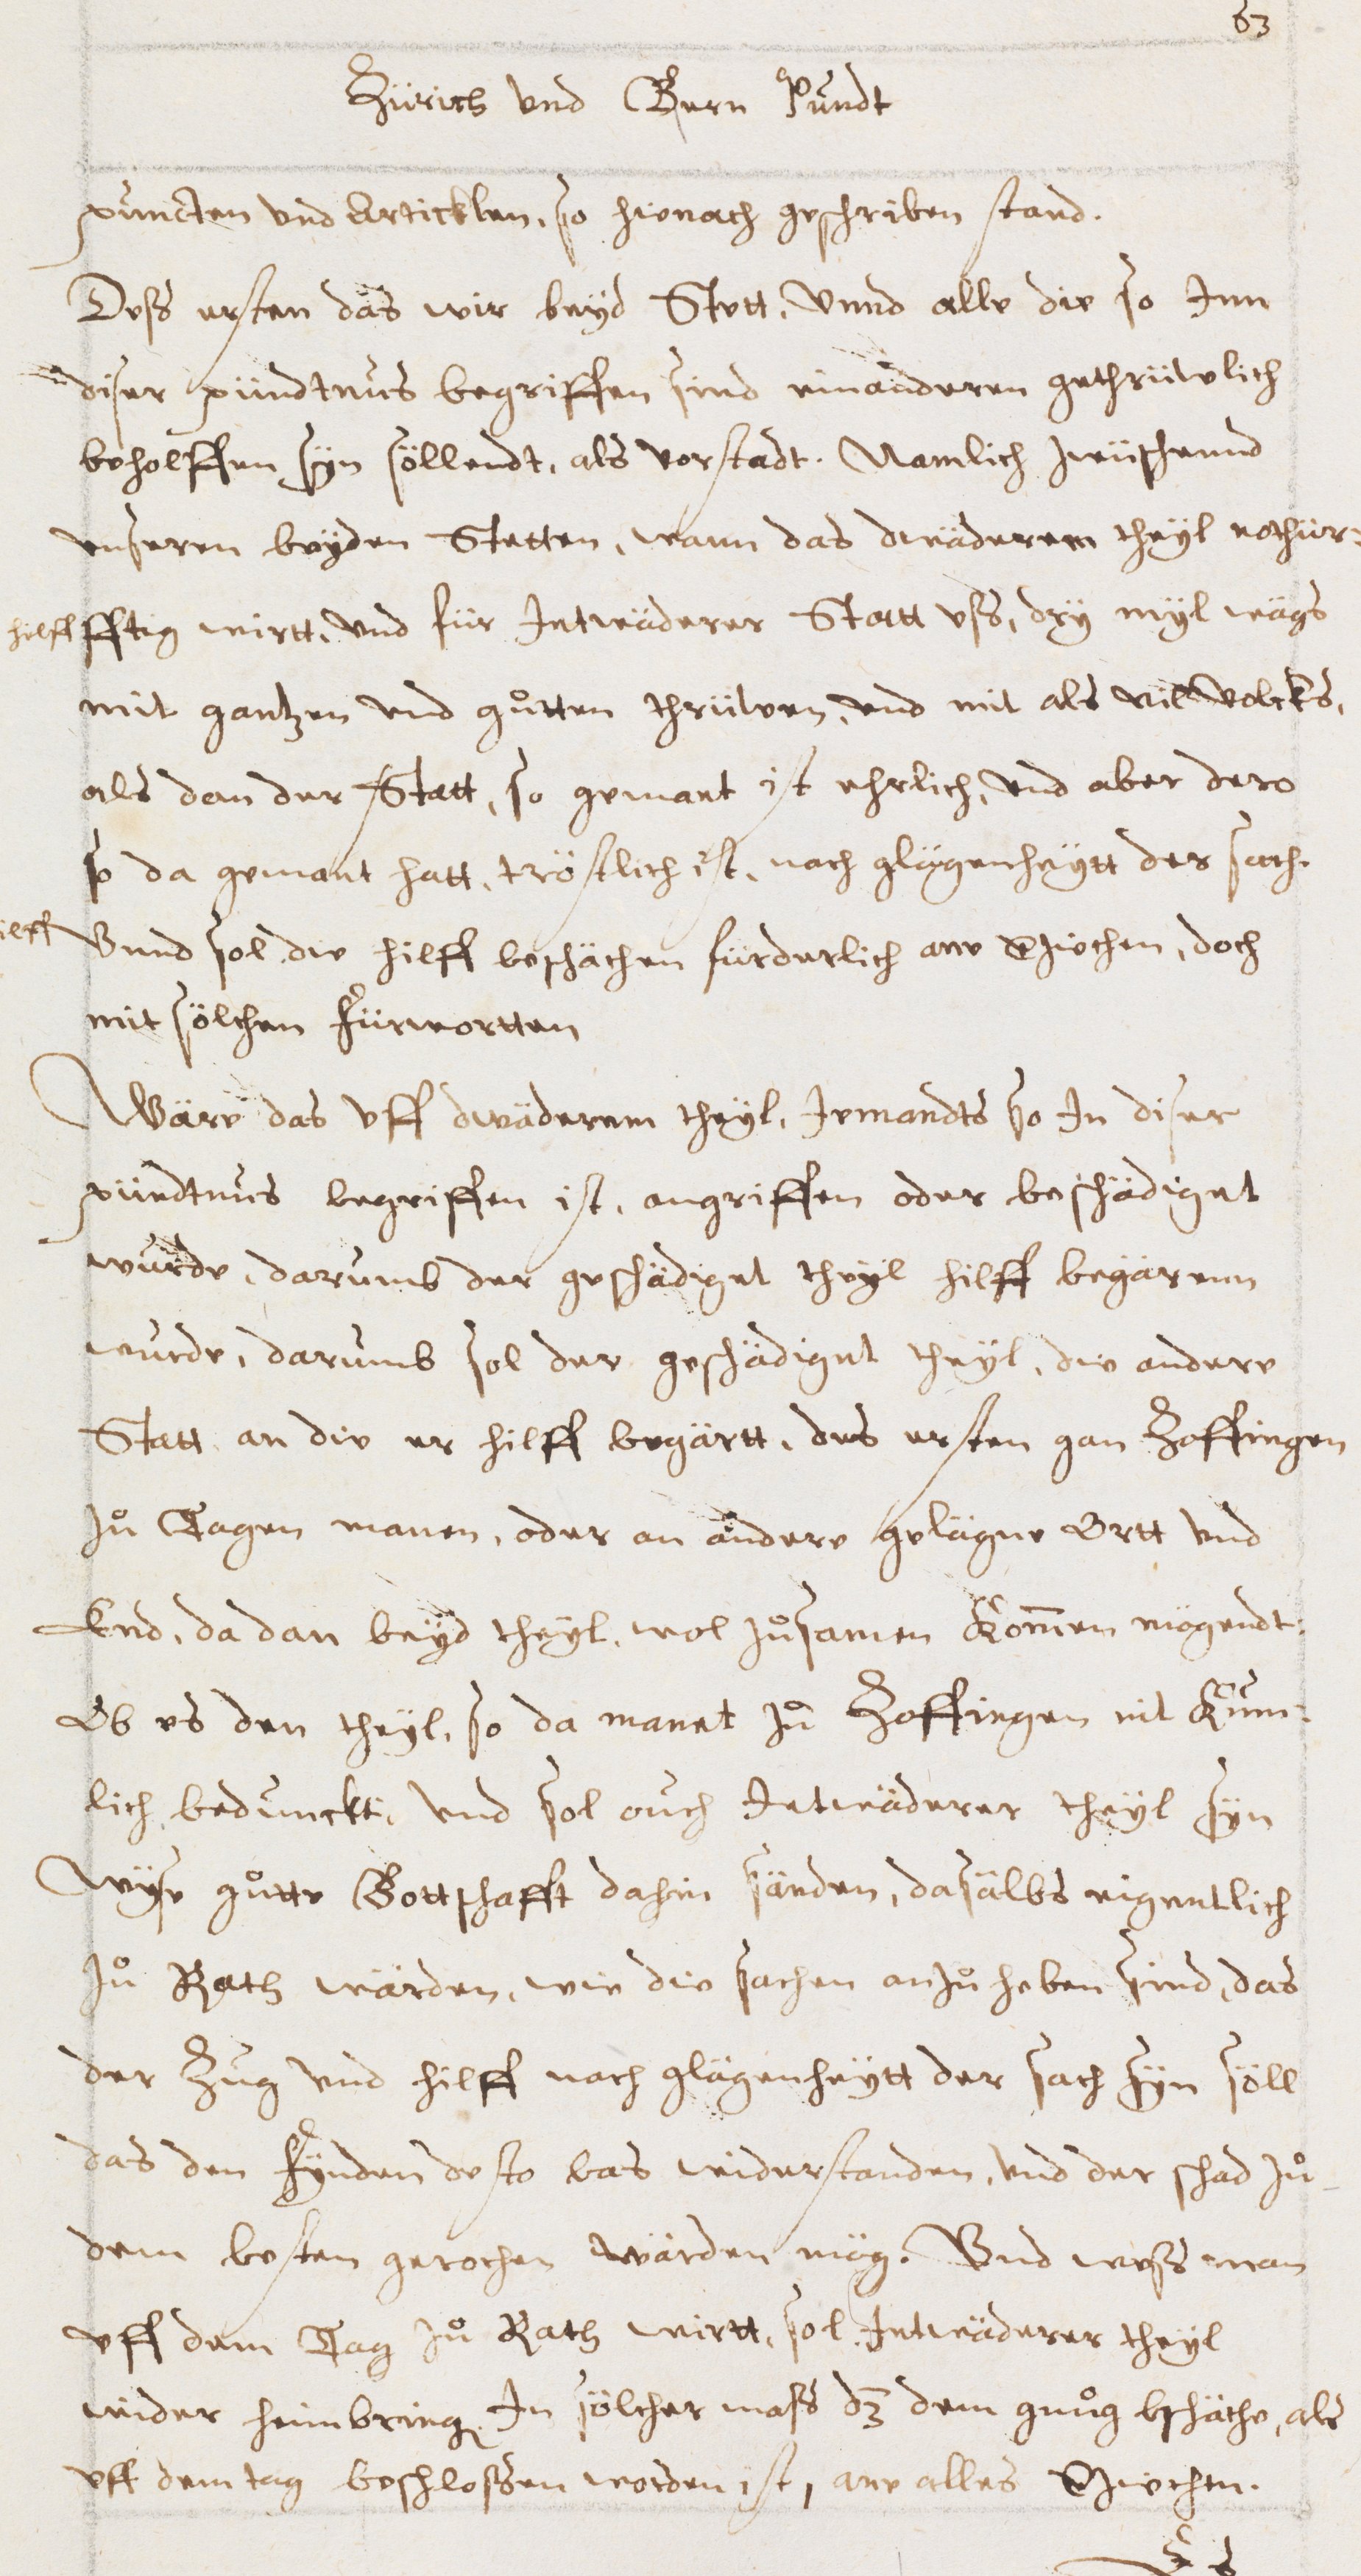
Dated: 1600–1699